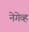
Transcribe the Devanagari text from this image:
नेगेव्ह